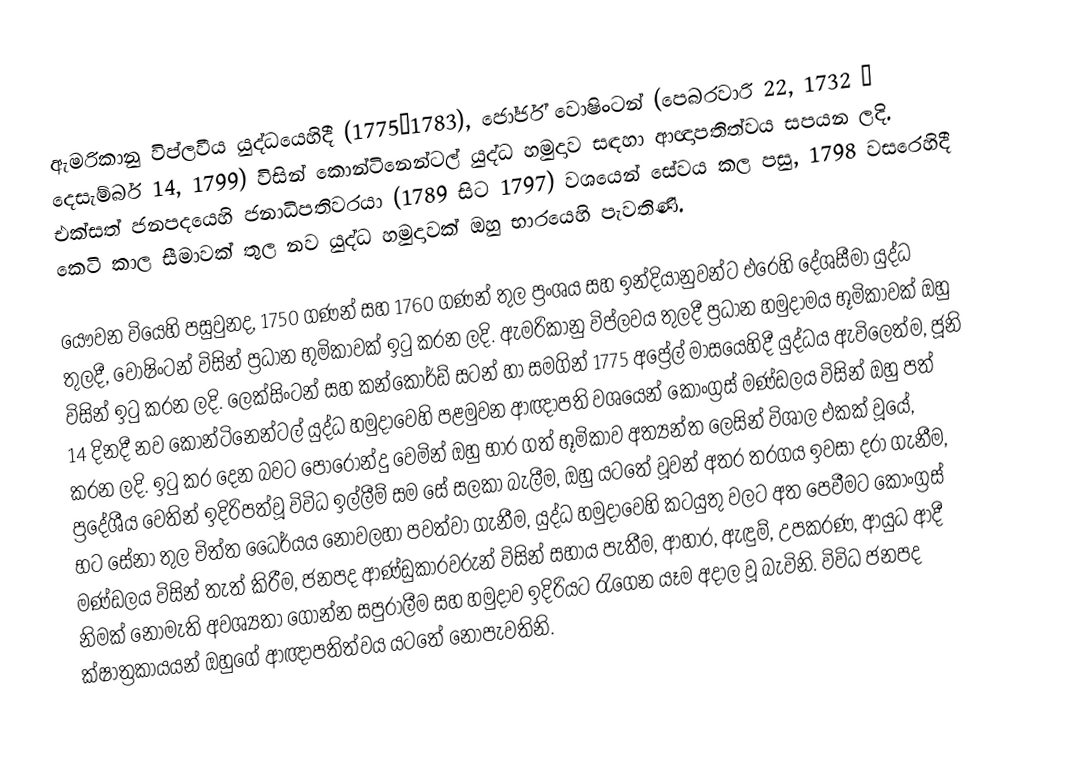
ඇමරිකානු විප්ලවීය යුද්ධයෙහිදී (1775–1783),  ජෝර්ජ් වොෂිංටන් (පෙබරවාරි 22, 1732  – දෙසැම්බර් 14, 1799) විසින් කොන්ටිනෙන්ටල් යුද්ධ හමුදාව සඳහා ආඥාපතිත්වය සපයන ලදි. එක්සත් ජනපදයෙහි ජනාධිපතිවරයා (1789 සිට 1797) වශයෙන් සේවය කල පසු, 1798 වසරෙහිදී කෙටි කාල සීමාවක් තුල නව යුද්ධ හමුදාවක් ඔහු භාරයෙහි පැවතිණි.

යෞවන වියෙහි පසුවුනද, 1750 ගණන් සහ 1760 ගණන් තුල ප්‍රංශය සහ ඉන්දියානුවන්ට එරෙහි දේශසීමා යුද්ධ තුලදී, වොෂිංටන් විසින් ප්‍රධාන භුමිකාවක් ඉටු කරන ලදි. ඇමරිකානු විප්ලවය තුලදී ප්‍රධාන හමුදාමය භූමිකාවක් ඔහු විසින් ඉටු කරන ලදි. ලෙක්සිංටන් සහ කන්කෝර්ඩ් සටන් හා සමගින් 1775 අප්‍රේල් මාසයෙහිදී යුද්ධය ඇවිලෙත්ම, ජූනි 14 දිනදී නව කොන්ටිනෙන්ටල් යුද්ධ හමුදාවෙහි පළමුවන ආඥාපති වශයෙන් කොංග්‍රස් මණ්ඩලය විසින් ඔහු පත් කරන ලදි. ඉටු කර දෙන බවට පොරොන්දු වෙමින් ඔහු භාර ගත් භූමිකාව අත්‍යන්ත ලෙසින් විශාල එකක් වූයේ, ප්‍රදේශීය වෙතින් ඉදිරිපත්වූ විවිධ ඉල්ලීම් සම සේ සලකා බැලීම, ඔහු යටතේ වූවන් අතර තරගය ඉවසා දරා ගැනීම, භට සේනා තුල චිත්ත ධෛර්යය නොවලහා පවත්වා ගැනීම, යුද්ධ හමුදාවෙහි කටයුතු වලට අත පෙවීමට කොංග්‍රස් මණ්ඩලය විසින් තැත් කිරීම, ජනපද ආණ්ඩුකාරවරුන් විසින් සහාය පැතීම, ආහාර, ඇඳුම්, උපකරණ, ආයුධ ආදී නිමක් නොමැති අවශ්‍යතා ගොන්න සපුරාලීම සහ හමුදාව ඉදිරියට රැගෙන යෑම අදාල වූ බැවිනි. විවිධ ජනපද ක්ෂාත්‍රකායයන් ඔහුගේ ආඥාපතිත්වය යටතේ නොපැවතිනි.